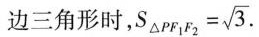
边三角形时， $$S _ { △ P F _ { 1 } F _ { 2 } } = \sqrt { 3 }$$.